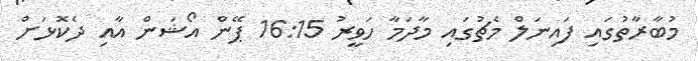
މުބާރާތުގައި ފައިނަލް މެޗުގައި މާދަމާ ހަވީރު 16:15 ޕޭން އޯޝަން އާއި ދެކޮޅަށް